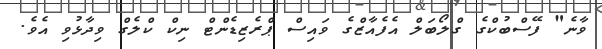
ވާނެ" ފޭސްބުކްގެ ގްލޯބަލް އެފެއާޒްގެ ވައިސް ޕްރެޒިޑެންޓް ނިކް ކްލެގް ވިދާޅުވި އެވެ.